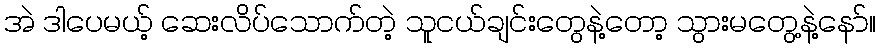
အဲ ဒါပေမယ့် ဆေးလိပ်သောက်တဲ့ သူငယ်ချင်းတွေနဲ့တော့ သွားမတွေ့နဲ့နော်။